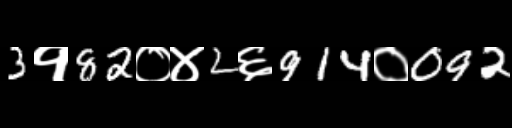
Text: 3१82०४2६914०092